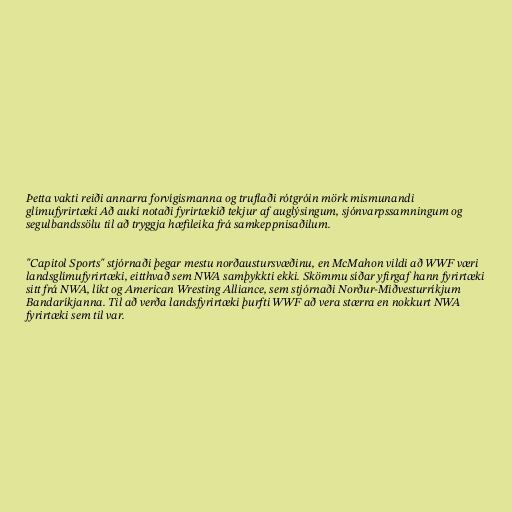
Þetta vakti reiði annarra forvígismanna og truflaði rótgróin mörk mismunandi
glímufyrirtæki Að auki notaði fyrirtækið tekjur af auglýsingum, sjónvarpssamningum og
segulbandssölu til að tryggja hæfileika frá samkeppnisaðilum.

"Capitol Sports" stjórnaði þegar mestu norðaustursvæðinu, en McMahon vildi að WWF væri
landsglímufyrirtæki, eitthvað sem NWA samþykkti ekki. Skömmu síðar yfirgaf hann fyrirtæki
sitt frá NWA, líkt og American Wresting Alliance, sem stjórnaði Norður-Miðvesturríkjum
Bandaríkjanna. Til að verða landsfyrirtæki þurfti WWF að vera stærra en nokkurt NWA
fyrirtæki sem til var.